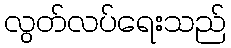
လွတ်လပ်ရေးသည်